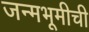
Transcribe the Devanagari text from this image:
जन्मभूमीची